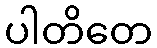
ပါတိတေ